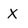
Character: x